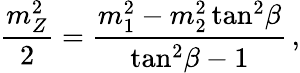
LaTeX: \frac{m_{Z}^{2}}{2}=\frac{m_{1}^{2}-m_{2}^{2}\tan^{2}\! \beta}{\tan^{2}\! \beta-1}\, ,